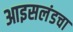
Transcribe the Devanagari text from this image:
आइसलंडचा